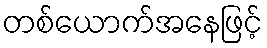
တစ်ယောက်အနေဖြင့်